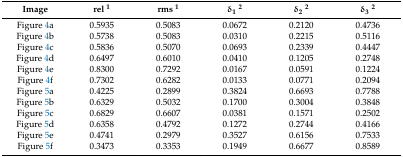
<table><thead><tr><td><b>Image</b></td><td><b>rel <sup>1</sup></b></td><td><b>rms <sup>1</sup></b></td><td><b>δ<sub>1</sub><sup>2</sup></b></td><td><b>δ<sub>2</sub><sup>2</sup></b></td><td><b>δ<sub>3</sub><sup>2</sup></b></td></tr></thead><tbody><tr><td>Figure 4a</td><td>0.5935</td><td>0.5083</td><td>0.0672</td><td>0.2120</td><td>0.4736</td></tr><tr><td>Figure 4b</td><td>0.5738</td><td>0.5083</td><td>0.0310</td><td>0.2215</td><td>0.5116</td></tr><tr><td>Figure 4c</td><td>0.5836</td><td>0.5070</td><td>0.0693</td><td>0.2339</td><td>0.4447</td></tr><tr><td>Figure 4d</td><td>0.6497</td><td>0.6010</td><td>0.0410</td><td>0.1205</td><td>0.2748</td></tr><tr><td>Figure 4e</td><td>0.8300</td><td>0.7292</td><td>0.0167</td><td>0.0591</td><td>0.1224</td></tr><tr><td>Figure 4f</td><td>0.7302</td><td>0.6282</td><td>0.0133</td><td>0.0771</td><td>0.2094</td></tr><tr><td>Figure 5a</td><td>0.4225</td><td>0.2899</td><td>0.3824</td><td>0.6693</td><td>0.7788</td></tr><tr><td>Figure 5b</td><td>0.6329</td><td>0.5032</td><td>0.1700</td><td>0.3004</td><td>0.3848</td></tr><tr><td>Figure 5c</td><td>0.6829</td><td>0.6607</td><td>0.0381</td><td>0.1571</td><td>0.2502</td></tr><tr><td>Figure 5d</td><td>0.6358</td><td>0.4792</td><td>0.1272</td><td>0.2744</td><td>0.4166</td></tr><tr><td>Figure 5e</td><td>0.4741</td><td>0.2979</td><td>0.3527</td><td>0.6156</td><td>0.7533</td></tr><tr><td>Figure 5f</td><td>0.3473</td><td>0.3353</td><td>0.1949</td><td>0.6677</td><td>0.8589</td></tr></tbody></table>